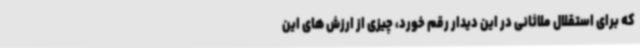
که برای استقلال ملاثانی در این دیدار رقم خورد، چیزی از ارزش های این